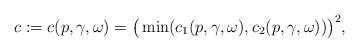
LaTeX: \begin{align*}c:=c(p,\gamma,\omega)=\big(\min(c_1(p,\gamma,\omega),c_2(p,\gamma,\omega))\big)^2,\end{align*}